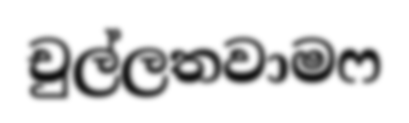
චුල්ලතවාමෆ